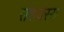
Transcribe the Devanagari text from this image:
संशयस्य